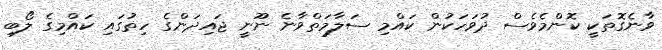
ވާނެގޮތަކީ ކޮންމެވެސް ދުވަހަކުން ކައްމި ސަލާމަތްވާނެ ނޫނީ ޖައިދަންގެ ހިތުގައި ކައްމިގެ ލޯބި